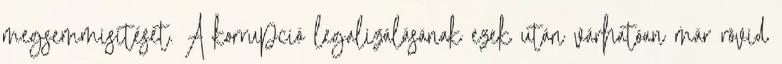
megsemmisítését. A korrupció legalizálásának ezek után várhatóan már rövid